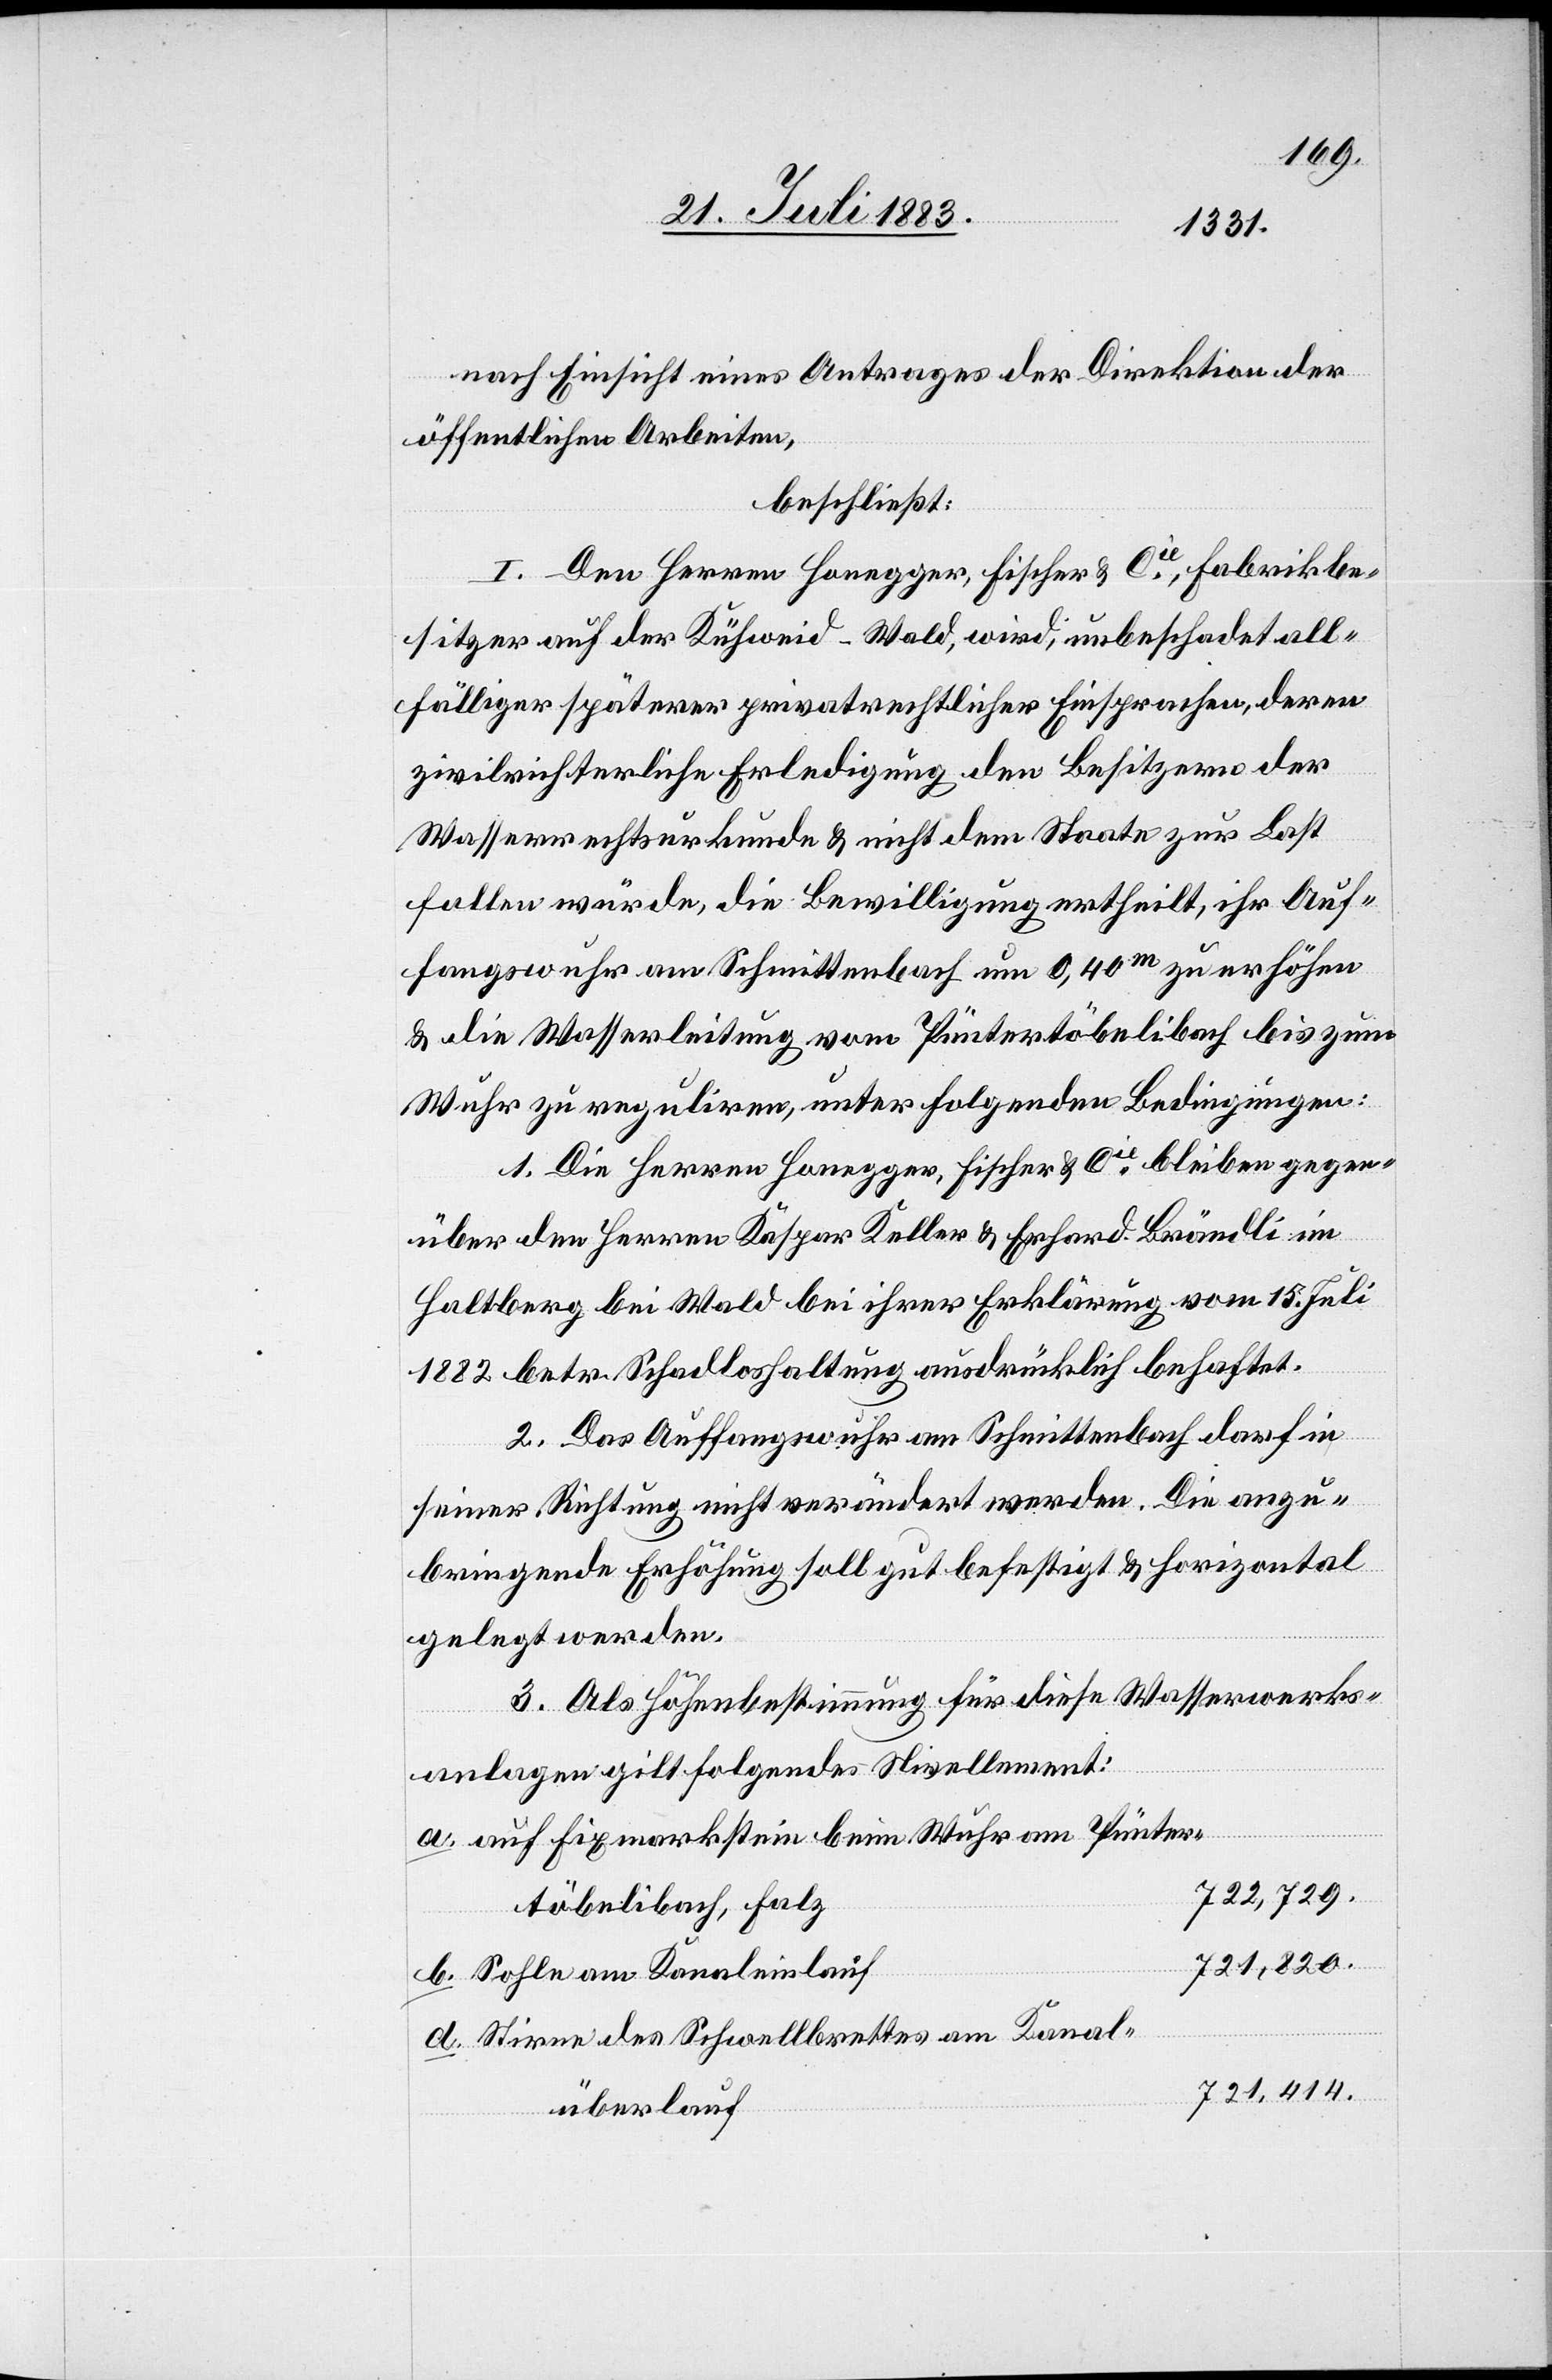
729.
nach Einsicht eines Antrages der Direktion der
öffentlichen Arbeiten,
beschließt:
I. Den Herren Honegger, Fischer & Cie, Fabrikbe¬
sitzer auf der Kühweid - Wald, wird, unbeschadet all¬
fälliger späterer privatrechtlicher Einsprachen, deren
zivilrichterliche Erledigung den Besitzern der
Wasserrechtsurkunde & nicht dem Staate zur Last
fallen würde, die Bewilligung ertheilt, ihr Auf¬
fangswuhr am Schmittenbach um 0,40m zu erhöhen
& die Wasserleitung vom Püntertöbelibach bis zum
Wuhr zu reguliren, unter folgenden Bedingungen:
1. Die Herren Honegger, Fischer & Cie bleiben gegen¬
über den Herren Kaspar Keller & Erhard Brändli im
Haltberg bei Wald bei ihrer Erklärung vom 15. Juli
d.
1882 betr. Schadloshaltung ausdrücklich behaftet.
2. Das Auffangswuhr am Schmittenbach darf in
seiner Richtung nicht verändert werden. Die anzu¬
bringende Erhöhung soll gut befestigt & horizontal
gelegt werden.
3. Als Höhenbestimmung für diese Wasserwerks¬
anlage gilt folgendes Nivellement:
töbelibach
auf Fixmarkstein beim Wuhr am Pünter¬
Sohle am Kanaleinlauf
Stirne des Schwellbrettes am Kanal¬
überlauf